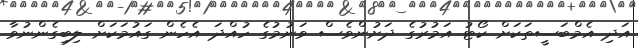
އަދި އެމްބަސީތަކަށް ކޯޓު އަމުރުގެ ދަށުންވެސް ވަނުމުގެ ހުއްދަ އެހެން ގައުމަކަށް ލިބިގެންނުވާ